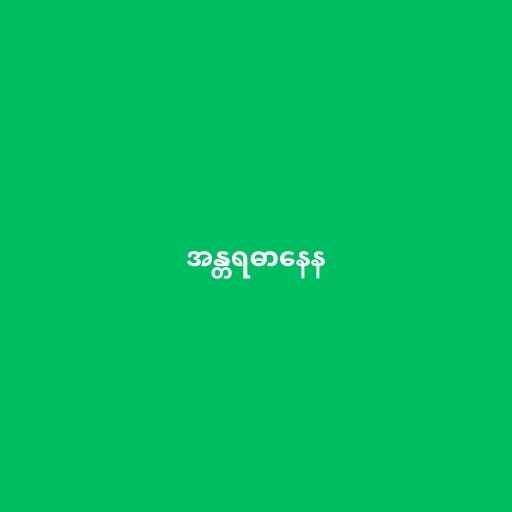
အန္တရဓာနေန